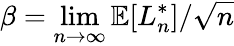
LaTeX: \beta=\operatorname*{lim}_{n\to\infty}\mathbb{E}[L_{n}^{*}]/{\sqrt{n}}